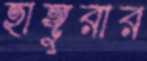
হাঙ্গুরার